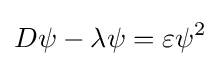
D\psi -\lambda \psi =\varepsilon \psi ^{2}